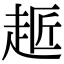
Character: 䞪